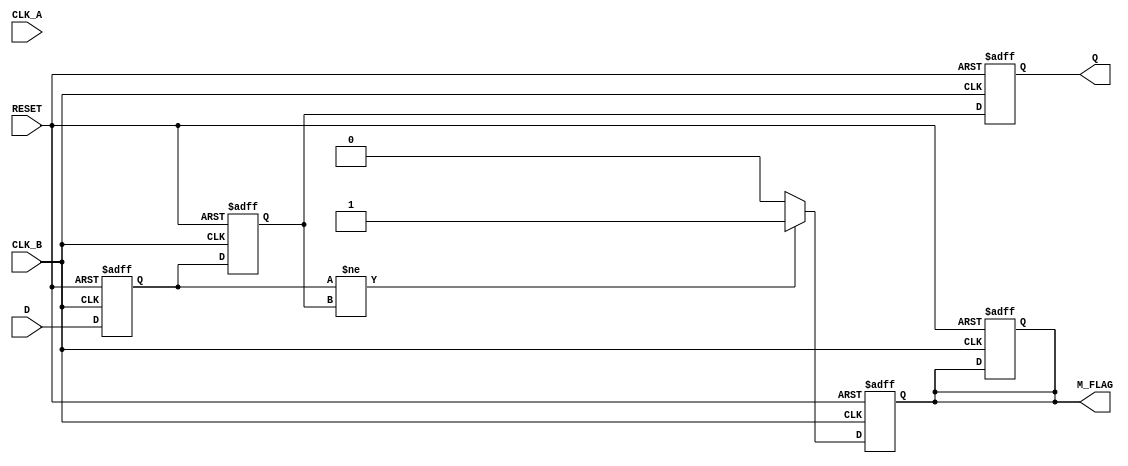
module CDC_Detector (
    input  wire       D,         // Data signal (from source domain)
    input  wire       CLK_A,     // Clock signal of source domain
    input  wire       CLK_B,     // Clock signal of destination domain
    input  wire       RESET,     // Asynchronous reset signal
    output reg        M_FLAG,     // Metastability flag
    output reg        Q          // Synchronized output
);

    // Internal signals
    reg D_sync1, D_sync2; // Synchronized versions of the data signal

    // Flip-flop to sample data signal in destination clock domain
    always @(posedge CLK_B or posedge RESET) begin
        if (RESET) begin
            D_sync1 <= 1'b0; // Initialize with a known value
            D_sync2 <= 1'b0; // Initialize with a known value
            M_FLAG <= 1'b0;   // Clear metastability flag
            Q <= 1'b0;        // Clear synchronized output
        end else begin
            D_sync1 <= D;     // Sample data signal at CLK_B
            D_sync2 <= D_sync1; // Second flip-flop for further synchronization
            Q <= D_sync2;     // Output the synchronized signal
        end
    end

    // Metastability detection logic
    always @(posedge CLK_B or posedge RESET) begin
        if (RESET) begin
            M_FLAG <= 1'b0; // Clear metastability flag
        end else begin
            // Metastability detected if D_sync1 changes on CLK_B
            if (D_sync1 != D_sync2) begin
                M_FLAG <= 1'b1; // Set the metastability flag
            end else begin
                M_FLAG <= 1'b0; // Clear the flag if stable
            end
        end
    end

endmodule